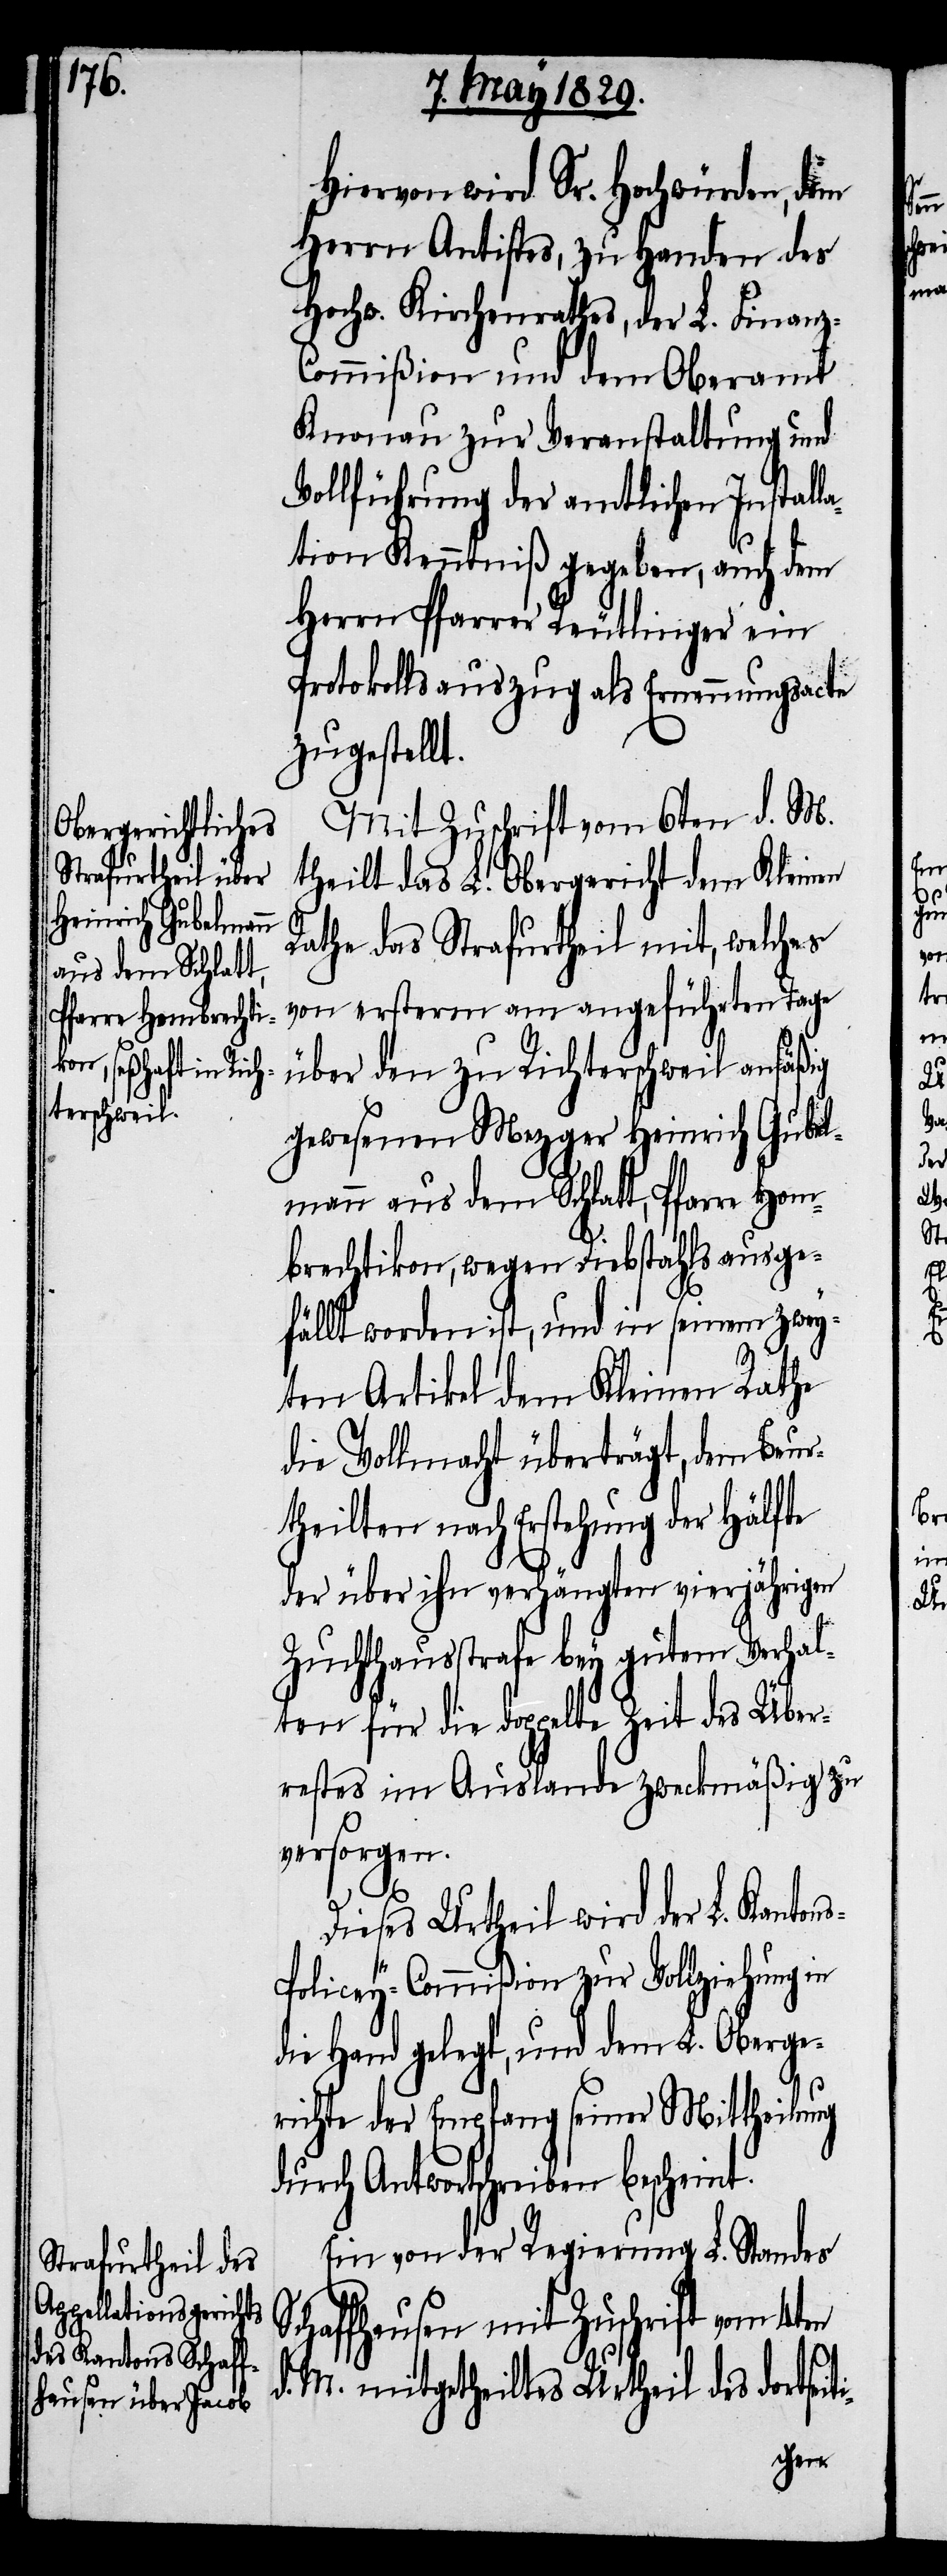
Hiervon wird Sr. Hochwürden, dem
Herrn Antistes, zu Handen des
Hochw. Kirchenrathes, der L. Finanz-C¬
ommißion und dem Oberamt
Knonau zur Veranstaltung und
Vollführung der amtlichen Install¬
ation Kenntniß gegeben, auch dem
Herrn Pfarrer Reutlinger ein
Protokollsauszug als Ernennungsacte
zugestellt.
Mit Zuschrift vom 6ten d. M.
theilt das L. Obergericht dem Kleinen
Rathe das Strafurtheil mit, welches
von ersterm am angeführten Tage
über den zu Richterschweil ansäßig
gewesenen Mezger Heinrich Gubel¬
mann aus dem Schlatt, Pfarre Hom¬
brechtikon, wegen Diebstahls ausge¬
fällt worden ist, und in seinem zwey¬
ten Artikel dem Kleinen Rathe
die Vollmacht überträgt, dem Beur¬
theilten nach Erstehung der Hälfte
der über ihn verhängten vierjährigen
Zuchthausstrafe bey gutem Verhal¬
ten für die doppelte Zeit des Über¬
restes im Auslande zweckmäßig zu
versorgen.
Dieses Urtheil wird der L. Kanton¬
s-Policey-Commißion zur Vollziehung in
die Hand gelegt, und dem L. Oberge¬
richte der Empfang seiner Mittheilung
Antwortschreiben bescheint.
Ein von der Regierung L. Standes
Schaffhausen mit Zuschrift vom 4ten
d. M. mitgetheiltes Urtheil des dortsei¬

ti-